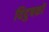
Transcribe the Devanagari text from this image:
विदुषकों